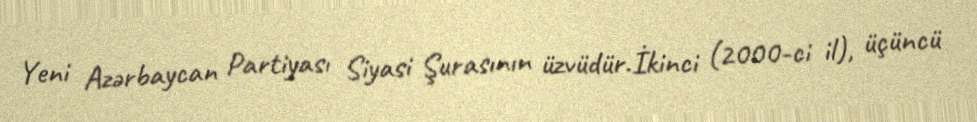
Yeni Azərbaycan Partiyası Siyasi Şurasının üzvüdür.İkinci (2000-ci il), üçüncü